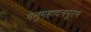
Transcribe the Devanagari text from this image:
मेत्तुमहादनपुरम